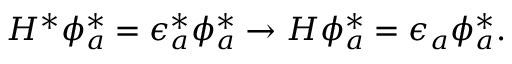
H ^ { * } \phi _ { a } ^ { * } = \epsilon _ { a } ^ { * } \phi _ { a } ^ { * } \to H \phi _ { a } ^ { * } = \epsilon _ { a } \phi _ { a } ^ { * } .